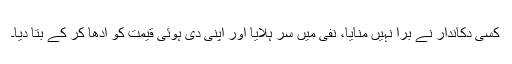
کسی دکاندار نے برا نہیں منایا، نفی میں سر ہلایا اور اپنی دی ہوئی قیمت کو آدھا کر کے بتا دیا۔